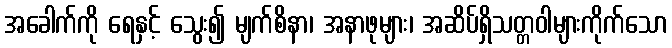
အခေါက်ကို ရေနှင့် သွေး၍ မျက်စိနာ၊ အနာဖုများ၊ အဆိပ်ရှိသတ္တဝါများကိုက်သော